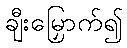
ချီးမြှောက်၍